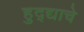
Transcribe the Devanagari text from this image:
हुद्द्याचे